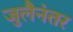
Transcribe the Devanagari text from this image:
जुलैनंतर